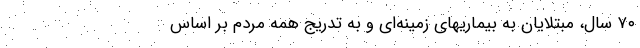
۷۰ سال، مبتلایان به بیماریهای زمینه‌ای و به تدریج همه مردم بر اساس